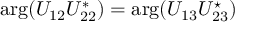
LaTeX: \arg ( U _ { 1 2 } U _ { 2 2 } ^ { * } ) = \arg ( U _ { 1 3 } U _ { 2 3 } ^ { \star } )